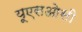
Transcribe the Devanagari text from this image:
यूएसओसी